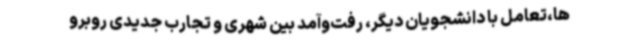
‌ها،تعامل با دانشجویان دیگر، رفت‌وآمد بین شهری و تجارب جدیدی روبرو